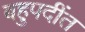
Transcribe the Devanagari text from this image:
बहुपदींत